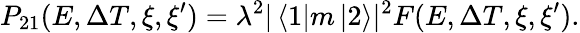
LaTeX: P_{21}(E,\Delta T,\xi,\xi^{\prime})=\lambda^{2}|\left<1\right|m\left|2\right>|^{2}F(E,\Delta T,\xi,\xi^{\prime}).